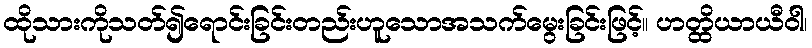
ထိုသားကိုသတ်၍ရောင်းခြင်းတည်းဟူသောအသက်မွေးခြင်းဖြင့်။ ဟတ္ထိယာယီဝါ၊